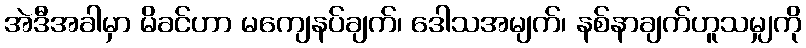
အဲဒီအခါမှာ မိခင်ဟာ မကျေနပ်ချက်၊ ဒေါသအမျက်၊ နစ်နာချက်ဟူသမျှကို